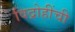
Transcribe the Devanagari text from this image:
विद्रोहींची